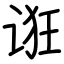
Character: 诳